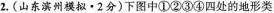
2.(山东滨州模拟·2分)下图中①②③④四处的地形类